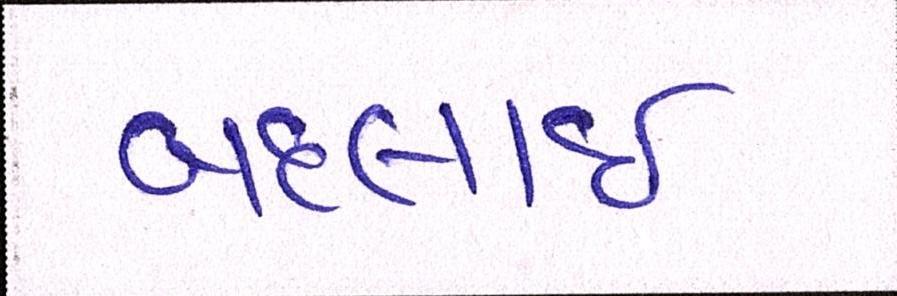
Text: બદલાઈ